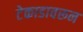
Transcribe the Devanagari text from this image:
टेकाडावरून